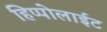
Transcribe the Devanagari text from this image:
हिप्पोलाईट